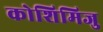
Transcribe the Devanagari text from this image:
कोशिमिजु